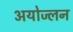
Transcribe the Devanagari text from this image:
अयोज्लन